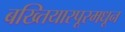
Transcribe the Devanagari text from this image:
बख्तियारपूरमधून